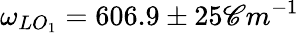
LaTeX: \omega_{LO_{1}}=606.9\pm25\mathscr{C}m^{-1}